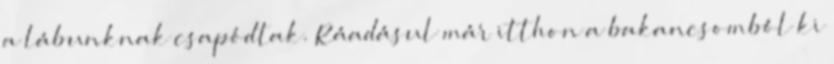
a lábunknak csapódtak. Ráadásul már itthon a bakancsomból ki